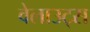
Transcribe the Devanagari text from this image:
वेलाउट्स